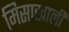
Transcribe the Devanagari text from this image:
मिसाखाली